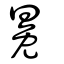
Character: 冕